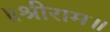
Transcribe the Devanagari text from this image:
॥श्रीराम॥